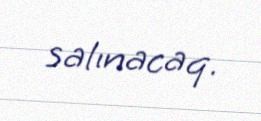
salınacaq.